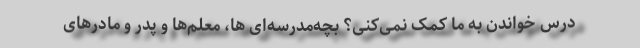
درس خواندن به ما کمک نمی‌کنی؟ بچه‌مدرسه‌ای ها، معلم‌ها و پدر و مادرهای